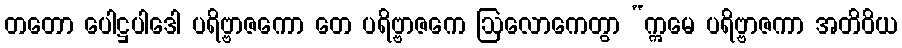
တတော ပေါဋ္ဌပါဒေါ ပရိဗ္ဗာဇကော တေ ပရိဗ္ဗာဇကေ ဩလောကေတွာ “ဣမေ ပရိဗ္ဗာဇကာ အတိဝိယ